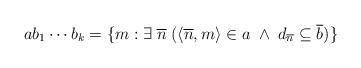
LaTeX: \begin{align*}a b_1 \cdots b_k = \{m: \exists \; \overline{n} \; (\langle \overline{n},m\rangle \in a \; \wedge \; d_{\overline{n}}\subseteq \overline{b})\}\end{align*}